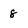
Character: 8